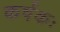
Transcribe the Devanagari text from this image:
कर्षकः